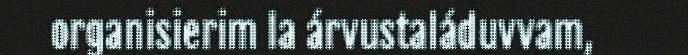
organisierim la árvustaláduvvam,